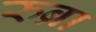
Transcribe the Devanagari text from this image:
रुब्रा